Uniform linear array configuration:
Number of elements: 16
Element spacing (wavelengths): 1
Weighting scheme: cosine
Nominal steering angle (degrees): -60
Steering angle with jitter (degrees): -60.449
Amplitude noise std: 0.05
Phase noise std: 0.05

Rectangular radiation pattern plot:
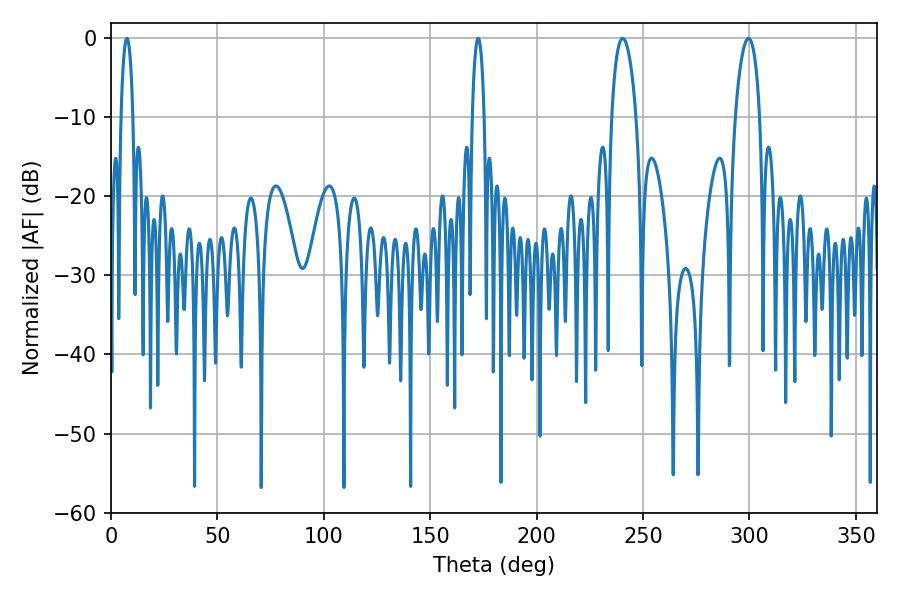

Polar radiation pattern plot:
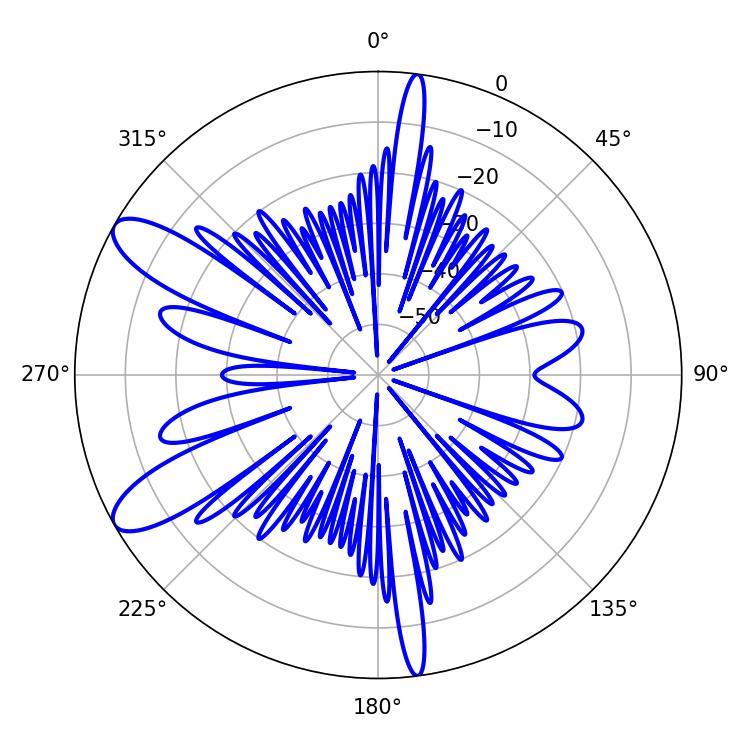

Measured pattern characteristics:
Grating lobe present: TRUE
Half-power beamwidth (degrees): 6.48
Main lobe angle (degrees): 240.48